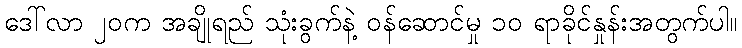
ဒေါ်လာ ၂၀က အချိုရည် သုံးခွက်နဲ့ ဝန်ဆောင်မှု ၁၀ ရာခိုင်နှုန်းအတွက်ပါ။